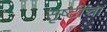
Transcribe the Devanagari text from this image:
सृष्टींचा